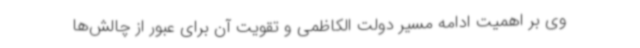
وی بر اهمیت ادامه مسیر دولت الکاظمی و تقویت آن برای عبور از چالش‌ها